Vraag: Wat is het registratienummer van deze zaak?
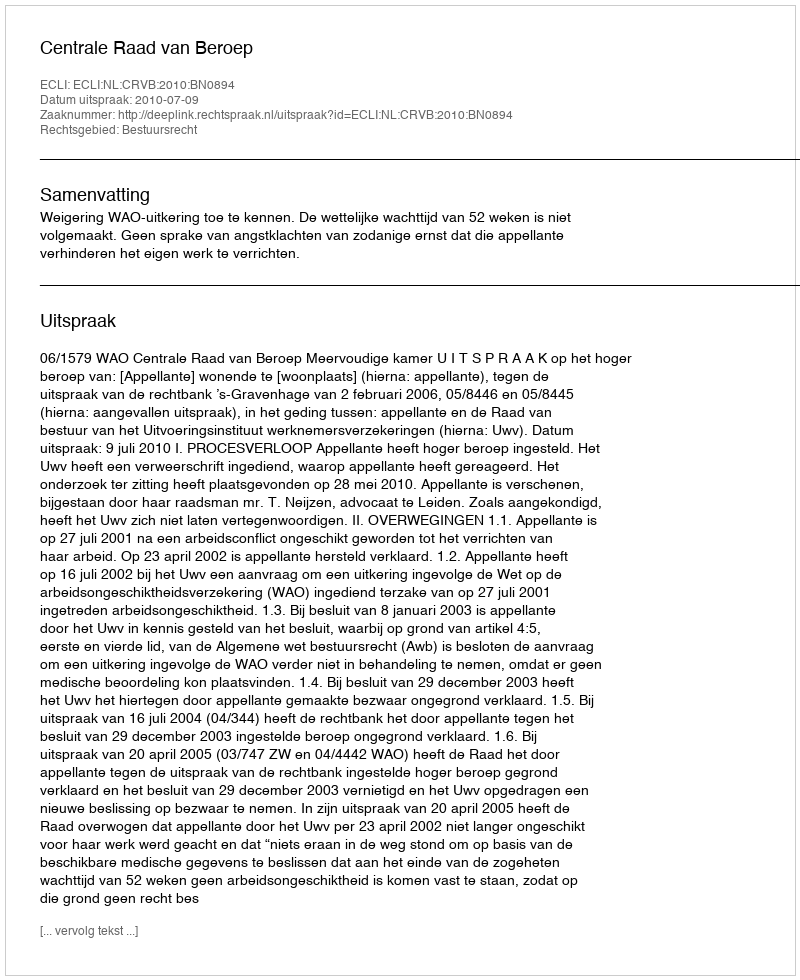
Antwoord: http://deeplink.rechtspraak.nl/uitspraak?id=ECLI:NL:CRVB:2010:BN0894